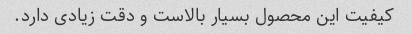
کیفیت این محصول بسیار بالاست و دقت زیادی دارد.